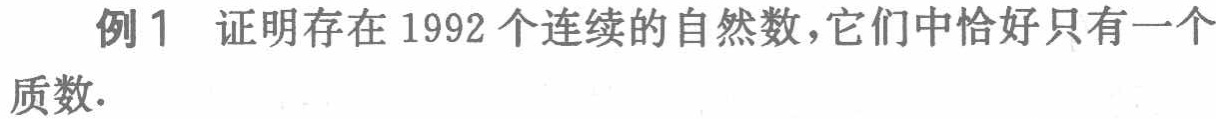
例1 证明存在 1992 个连续的自然数，它们中恰好只有一个质数.